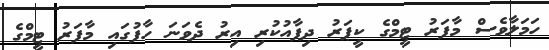
ހަމަލާވެސް މާފަރު ޓީމްގެ ކީޕަރު ދިފާއުކުރި އިރު ދެވަނަ ހާފުގައި މާފަރު ޓީމްގެ